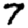
Digit: 7